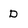
Character: D